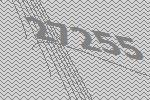
27255